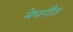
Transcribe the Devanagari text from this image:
मेघगीत